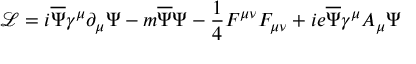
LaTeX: { \mathcal { L } } = i { \overline { { { \Psi } } } } \gamma ^ { \mu } \partial _ { \mu } \Psi - m { \overline { { { \Psi } } } } \Psi - \frac { 1 } { 4 } F ^ { \mu \nu } F _ { \mu \nu } + i e \overline { { { \Psi } } } { \gamma ^ { \mu } } { A _ { \mu } } { \Psi }